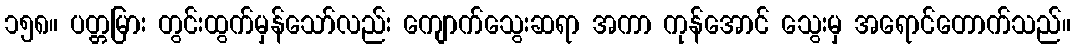
၁၅၈။ ပတ္တမြား တွင်းထွက်မှန်သော်လည်း ကျောက်သွေးဆရာ အကာ ကုန်အောင် သွေးမှ အရောင်တောက်သည်။